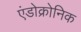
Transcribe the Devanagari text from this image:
एंडोक्रोनिक